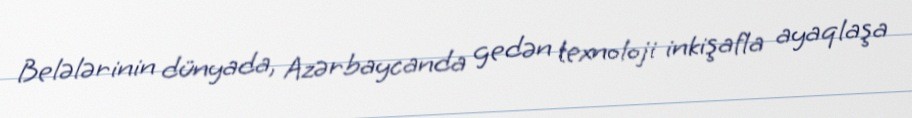
Belələrinin dünyada, Azərbaycanda gedən texnoloji inkişafla ayaqlaşa